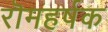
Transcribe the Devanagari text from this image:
रॊमहर्षक